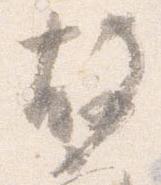
故